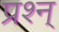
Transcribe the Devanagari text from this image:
प्रश्न्